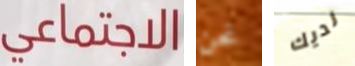
الاجتماعي نحن لديك